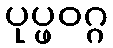
ပုပ္ဖဝဂ္ဂ